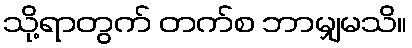
သို့ရာတွက် တက်စ ဘာမျှမသိ။